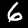
Digit: 6